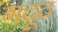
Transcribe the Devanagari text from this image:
गदूद